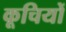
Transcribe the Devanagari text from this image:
कूचियों